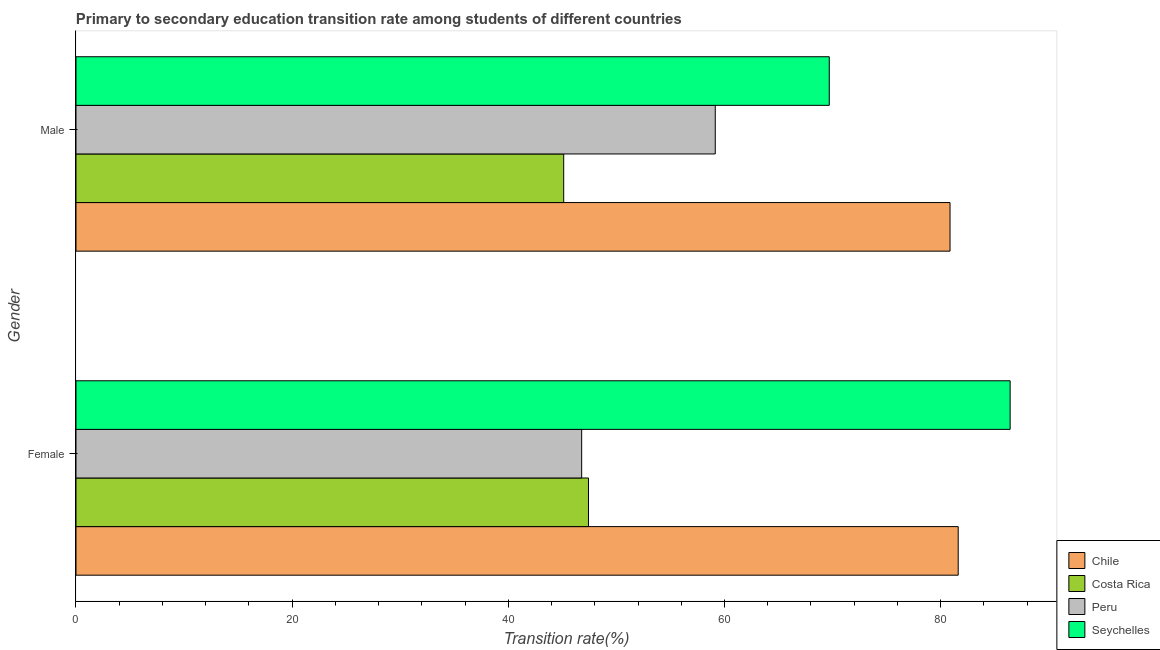
| Gender | Chile | Costa Rica | Peru | Seychelles |
 | --- | --- | --- | --- | --- |
 | Female | 81.6 | 47.4 | 46.8 | 86.4 |
 | Male | 80.9 | 45.1 | 59.1 | 69.7 |